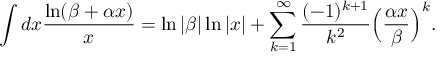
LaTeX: \int d x \frac { \ln ( \beta + \alpha x ) } { x } = \ln \vert \beta \vert \ln \vert x \vert + \sum _ { k = 1 } ^ { \infty } \frac { ( - 1 ) ^ { k + 1 } } { k ^ { 2 } } \Bigl ( \frac { \alpha x } { \beta } \Bigr ) ^ { k } .